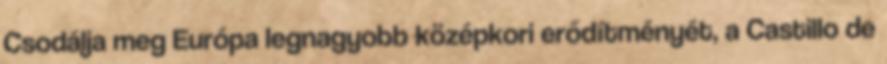
Csodálja meg Európa legnagyobb középkori erődítményét, a Castillo de